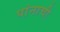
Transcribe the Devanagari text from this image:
पांनाची